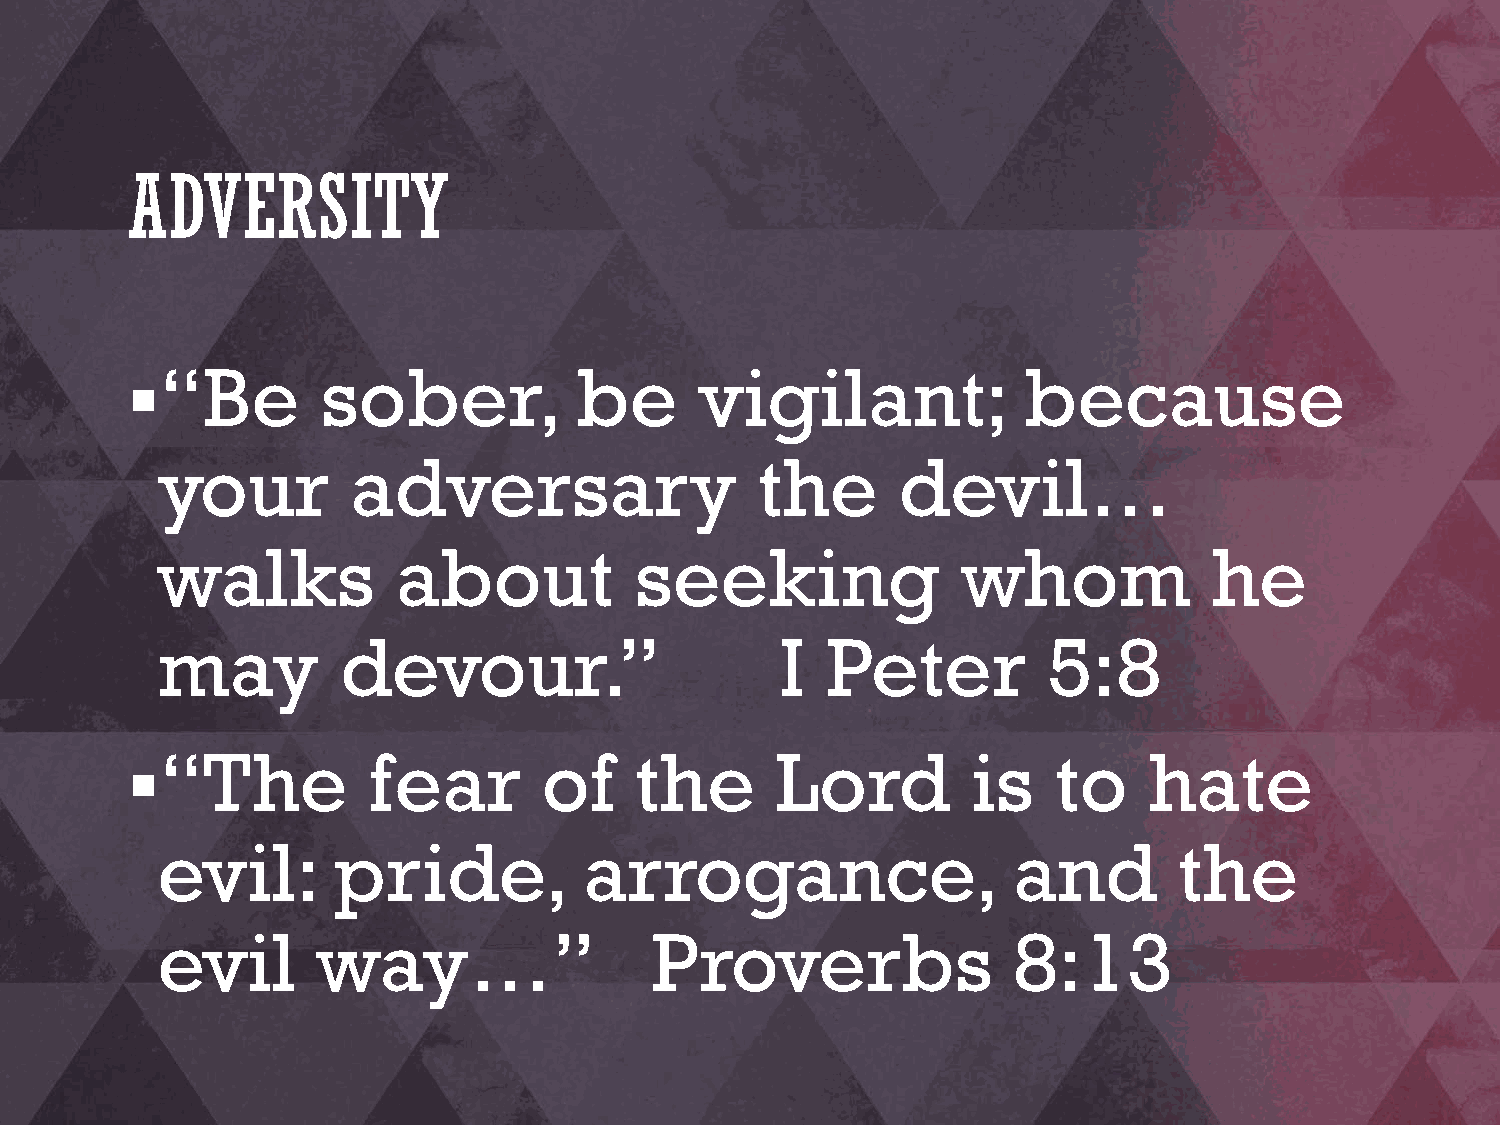
ADVERSITY
 “Be         sober,           be      vigilant;             because
 your         adversary                  the      devil…
 walks           about           seeking               whom            he
 may          devour.”                     I  Peter         5:8
 “The           fear        of    the      Lord         is    to    hate
 evil:       pride,           arrogance,                  and        the
 evil       way…”                 Proverbs                8:13